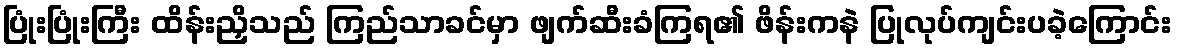
ပြုံးပြုံးကြီး ထိန်းညှိသည် ကြည်သာခင်မှာ ဖျက်ဆီးခံကြရ၏ ဖိန်းကနဲ ပြုလုပ်ကျင်းပခဲ့ကြောင်း